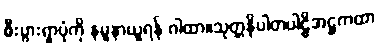
စီးပွားရှာပုံကို နမူနာယူရန် ဂါထာ။သုတ္တနိပါတပါဠိအဋ္ဌကထာ